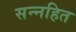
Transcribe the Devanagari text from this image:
सन्नहित